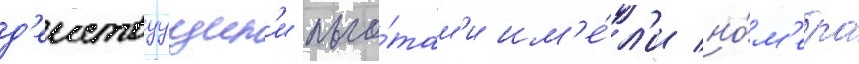
д'еиствуущим'и льго́там'и им'е́л'и но́м'ера